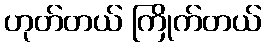
ဟုတ်တယ် ကြိုက်တယ်